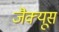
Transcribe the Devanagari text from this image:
जैक्यूस